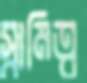
স্বামিত্ব